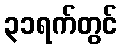
၃၁ရက်တွင်